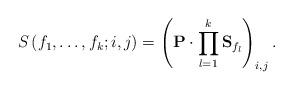
LaTeX: \begin{align*}S\left(f_{1},\ldots,f_{k};i,j\right)=\left(\mathbf{P}\cdot\prod_{l=1}^{k}\mathbf{S}_{f_{l}}\right)_{i,j}.\end{align*}